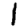
Digit: 1